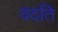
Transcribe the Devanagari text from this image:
वदति